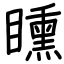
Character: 矄